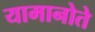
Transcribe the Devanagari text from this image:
यामानोते